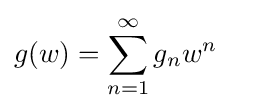
g(w)=\sum _{n=1}^{\infty }g_{n}w^{n}\quad